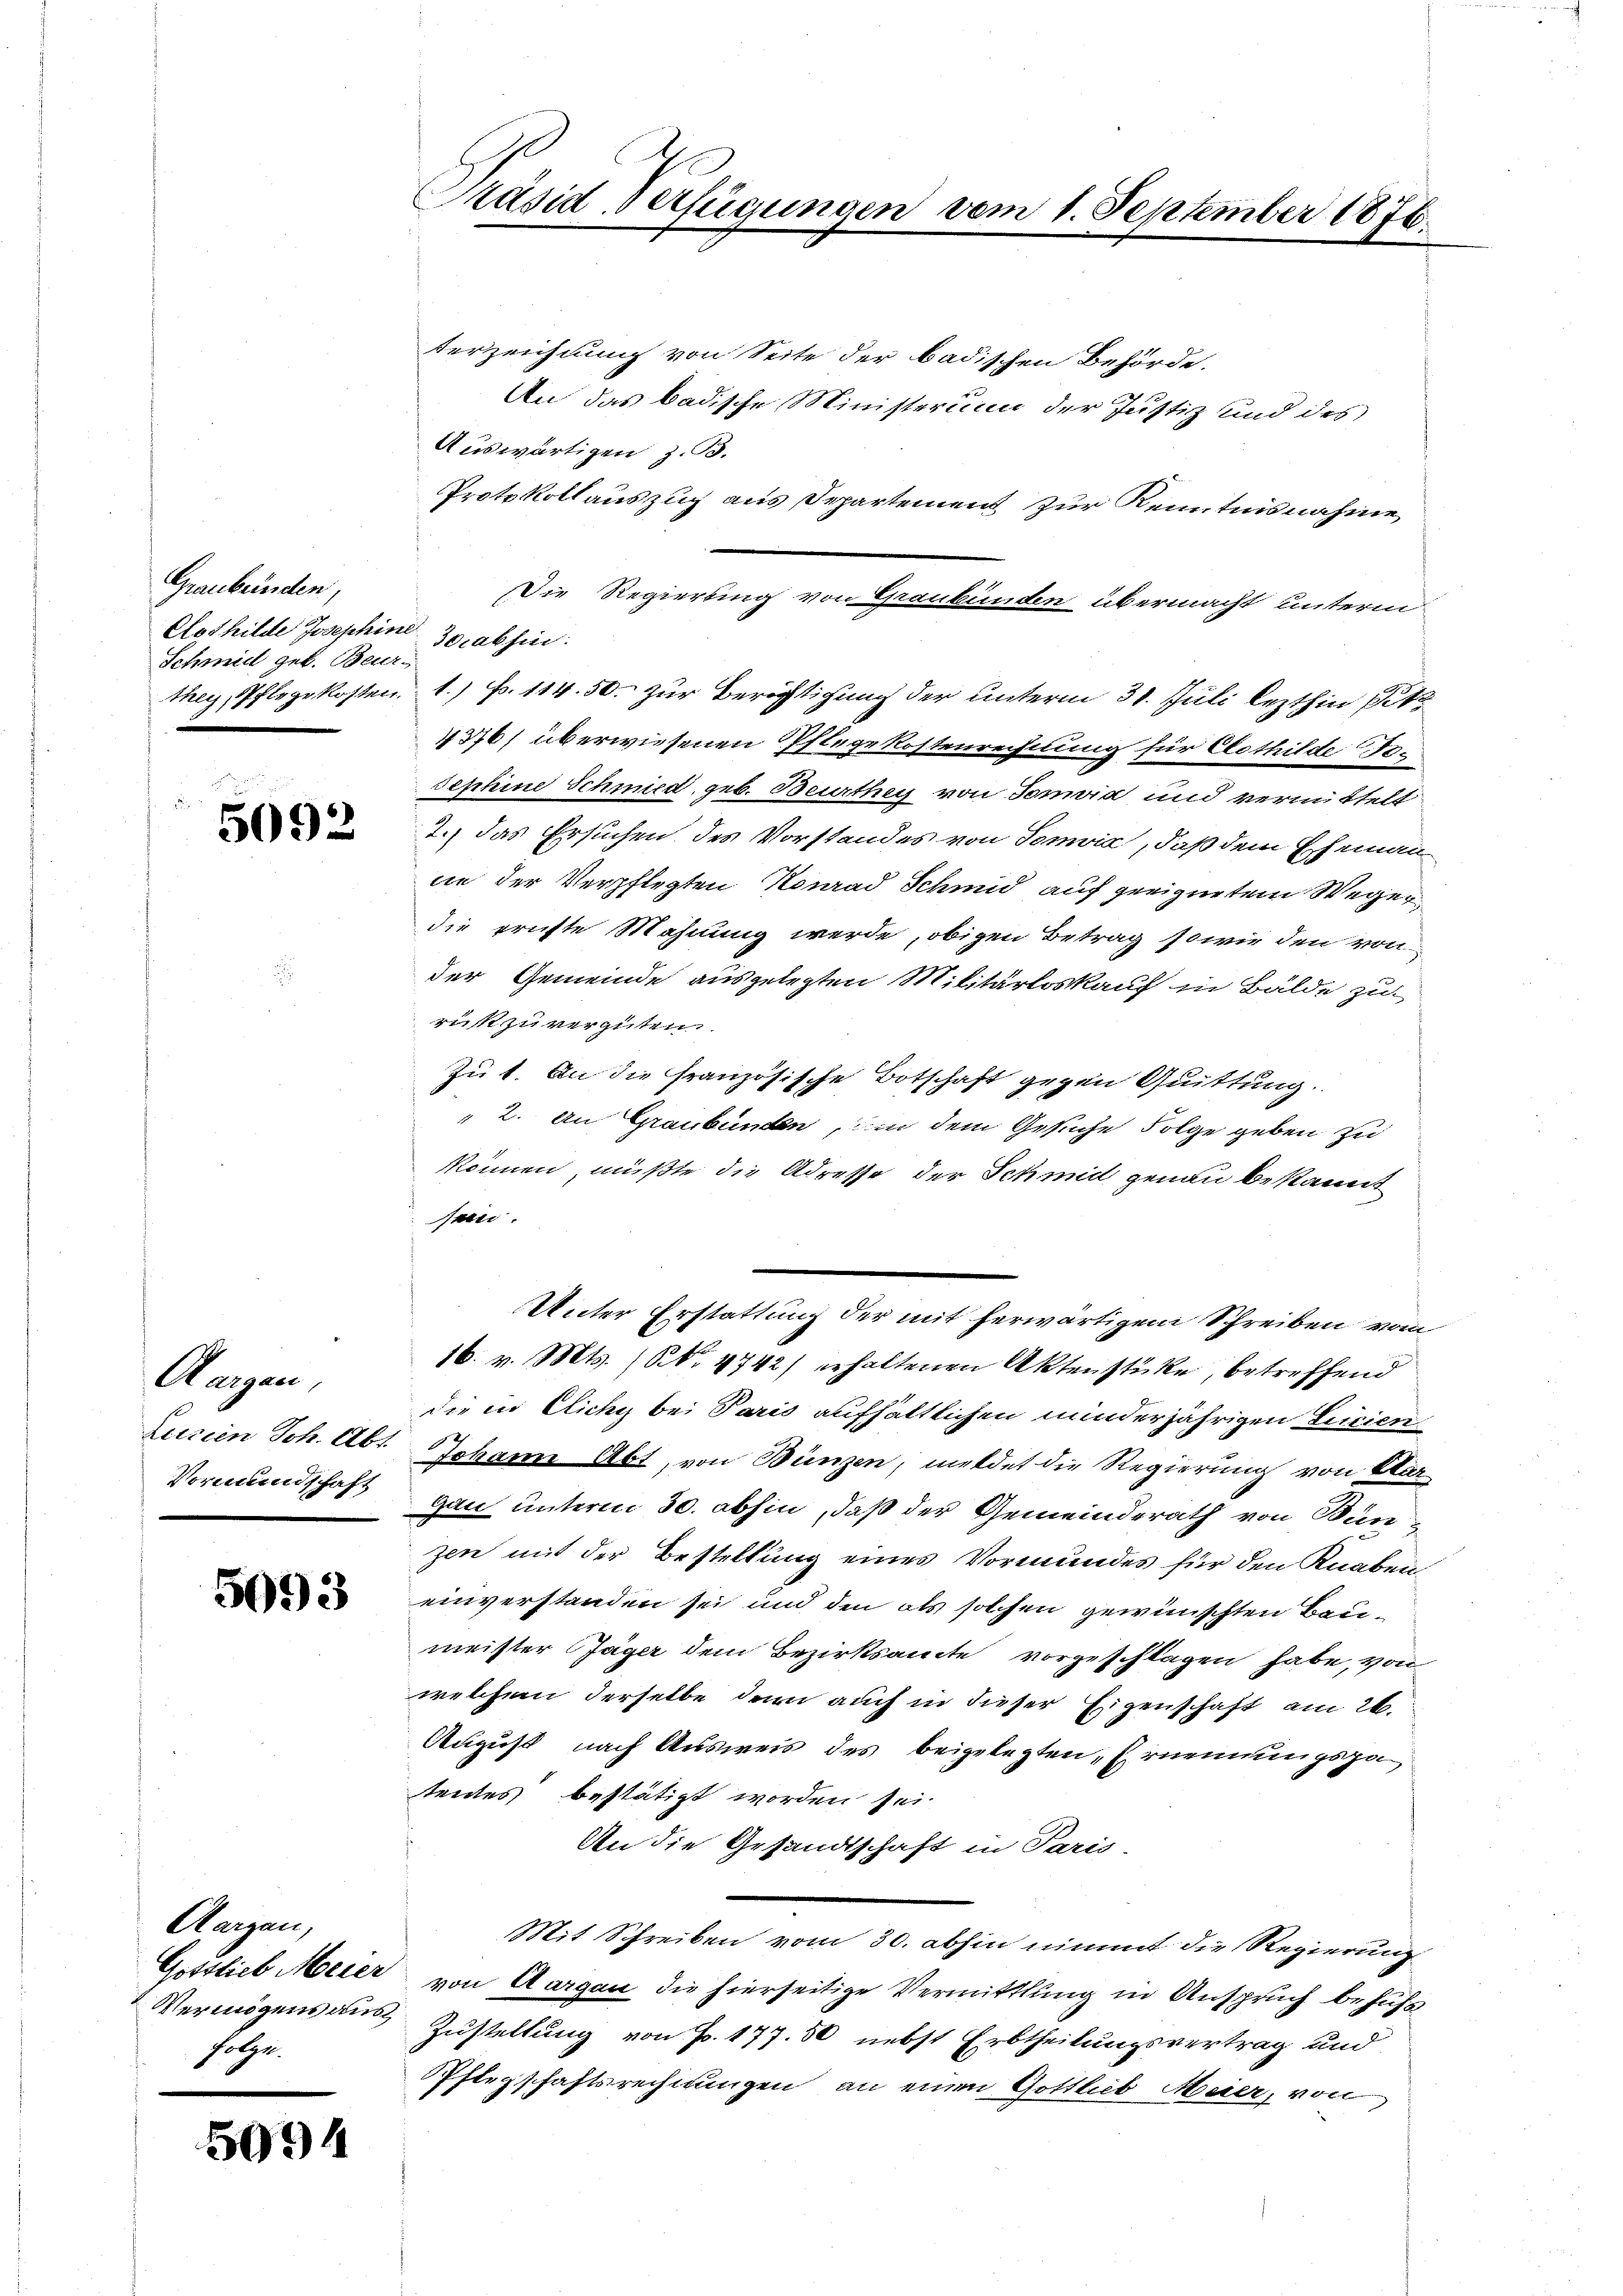
Graubünden,
Cothilde Josephine 30 abhin
Schmid geb. Beur

5092

Aargau,
Lusien Joh. Abt.
Vormundschaft

5093

Aargau,
folge.

5094

Präsid-Verfügungen vom 1. September 1876.

terzeichnung von Seite der badischen Behörde.
An das badische Ministerium der Justiz und des
Auswärtigen z. B.
Protokoll auszug aus Departement zur Kenntnisnahme
Die Regierung von Graubünden übermacht unterm
they, Pflegekosten. 1.) Fr. 114. 50. zur Berichtigung der unterm 31. Juli lezthin Pet
4376) überwiesenen Pflegekostenrechnung für Clothilde To¬
Jephine Schmied, geb. Beurthey von Tonia und vermittelt
2.) Das Ersuchen des Vorstandes von Tonić, daß dem Ehemann
ne der Verpflegten Konrad Schmid auf geeignetem Weger
die priste Mahnung werde, obigen Betrag sowie den von
der Gemeinde ausgelegten Militärloskauf in Bälde zu
rust zu vergüten.
Zu 1. An die französische Botschaft gegen Quittung.
 2. An Graubünden, in dem Gesuche Folge geben zu
können, müßte die Adresse der Schmidt genau bekannt
sein.
Unter Erstattung der mit herwärtigem Schreiben vom
16. v. Mts. (N. 1742) erhaltenen Aktenstücke, betreffend
die in Cichy bei Paris aufhältlichen minderjährigen Licien
Johann Abt, von Bünzen, meldet die Regierung von Aar-
gau unterm 30. abhin, daß der Gemeinderath von Bunzen mit der Bestellung eines Vormundes für den Knaben
einverstanden sei und den als solchen gewünschten Baumeister Jäger dem Bezirksamte vorgeschlagen habe, von
welchem derselbe dern auch in dieser Eigenschaft am 26.
August nach Ausweis des beigelegten, Ernennungspatendes bestätigt worden sei
An die Gesandtschaft in Paris
Mit Schreiben vom 30. abhin nimmt die Regierung
Gssstieb Meier von Aargau die hierseitige Vermittlung in Anspruch behufs
Vermögens aus Zustellung von Fr. 177. 50 nebst Erbtheilungsvertrag und
Pflegschaftsrechnungen an einen Gottlieb Meier, von